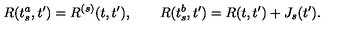
R ( t _ { s } ^ { a } , t ^ { \prime } ) = R ^ { ( s ) } ( t , t ^ { \prime } ) , \qquad R ( t _ { s } ^ { b } , t ^ { \prime } ) = R ( t , t ^ { \prime } ) + J _ { s } ( t ^ { \prime } ) .